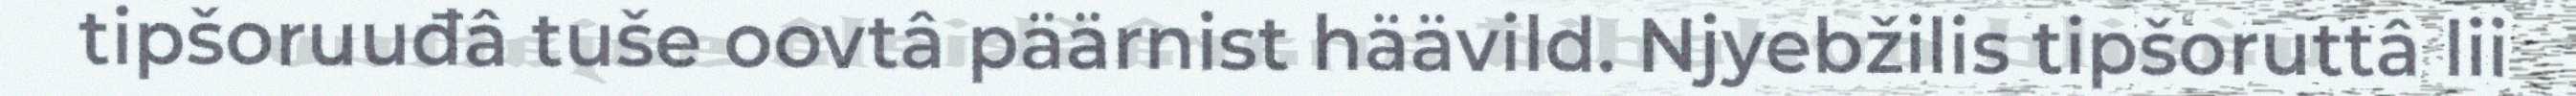
tipšoruuđâ tuše oovtâ päärnist häävild. Njyebžilis tipšoruttâ lii